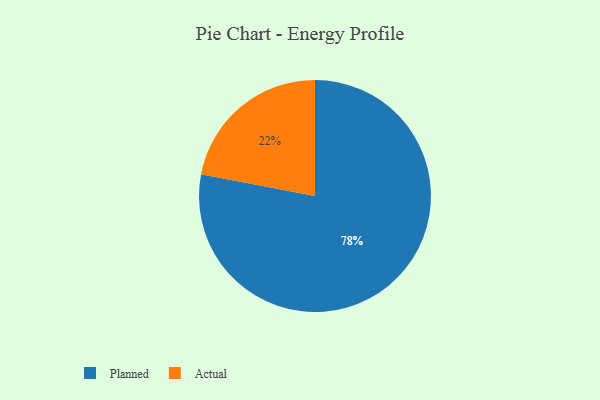
{"axis": {"x": "Category", "y": "Percentage"}, "legend": ["Actual", "Planned"], "data": [{"x": "Planned", "y": 78, "type": "Planned"}, {"x": "Actual", "y": 22, "type": "Actual"}]}